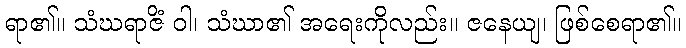
ရာ၏။ သံဃရာဇိံ ဝါ၊ သံဃာ၏ အရေးကိုလည်း။ ဇနေယျ၊ ဖြစ်စေရာ၏။